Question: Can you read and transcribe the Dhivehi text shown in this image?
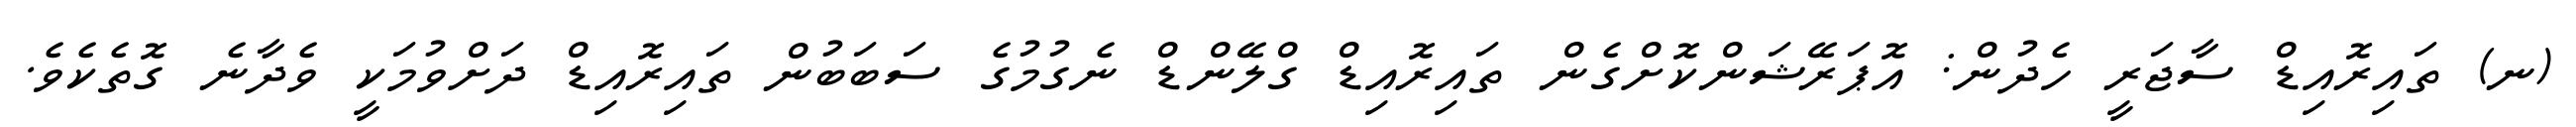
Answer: (ނ) ތައިރޮއިޑް ސާޖަރީ ހެދުން: އޮޕަރޭޝަންކޮށްގެން ތައިރޮއިޑް ގްލޭންޑް ނެގުމުގެ ސަބަބުން ތައިރޮއިޑް ދަށްވުމަކީ ވެދާނެ ގޮތެކެވެ.